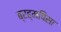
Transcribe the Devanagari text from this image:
ब्रह्मपिसा